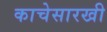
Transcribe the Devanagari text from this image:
काचेसारखी